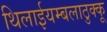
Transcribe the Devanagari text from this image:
थिलाईयम्बलाठुक्कू